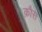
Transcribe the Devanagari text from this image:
क़ौस